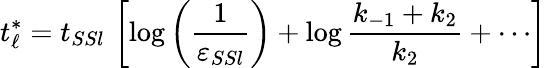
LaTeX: t_{\ell}^{*}=t_{SSl}\, \left[\log\left(\frac{1}{\varepsilon_{SSl}}\right)+\log\frac{k_{-1}+k_{2}}{k_{2}}+\cdots\right]